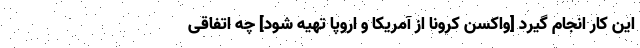
این کار انجام گیرد [واکسن کرونا از آمریکا و اروپا تهیه شود] چه اتفاقی